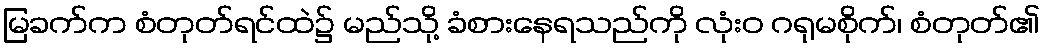
မြခက်က စံတုတ်ရင်ထဲ၌ မည်သို့ ခံစားနေရသည်ကို လုံးဝ ဂရုမစိုက်၊ စံတုတ်၏